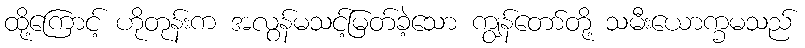
ထို့ကြောင့် ဟိုတုန်းက အလွန်မသင့်မြတ်ခဲ့သော ကျွန်တော်တို့ သမီးယောက္ခမသည်